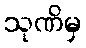
သုဏိမှ